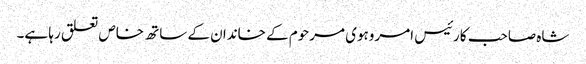
شاہ صاحب کا رئیس امروہوی مرحوم کے خاندان کے ساتھ خاص تعلق رہا ہے۔